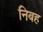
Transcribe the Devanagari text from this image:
निबह